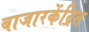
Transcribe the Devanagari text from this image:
बाजारकेंद्रित